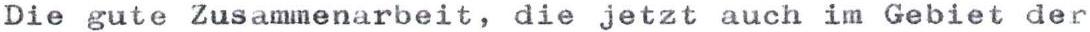
Die gute Zusammenarbeit, die jetzt auch im Gebiet der